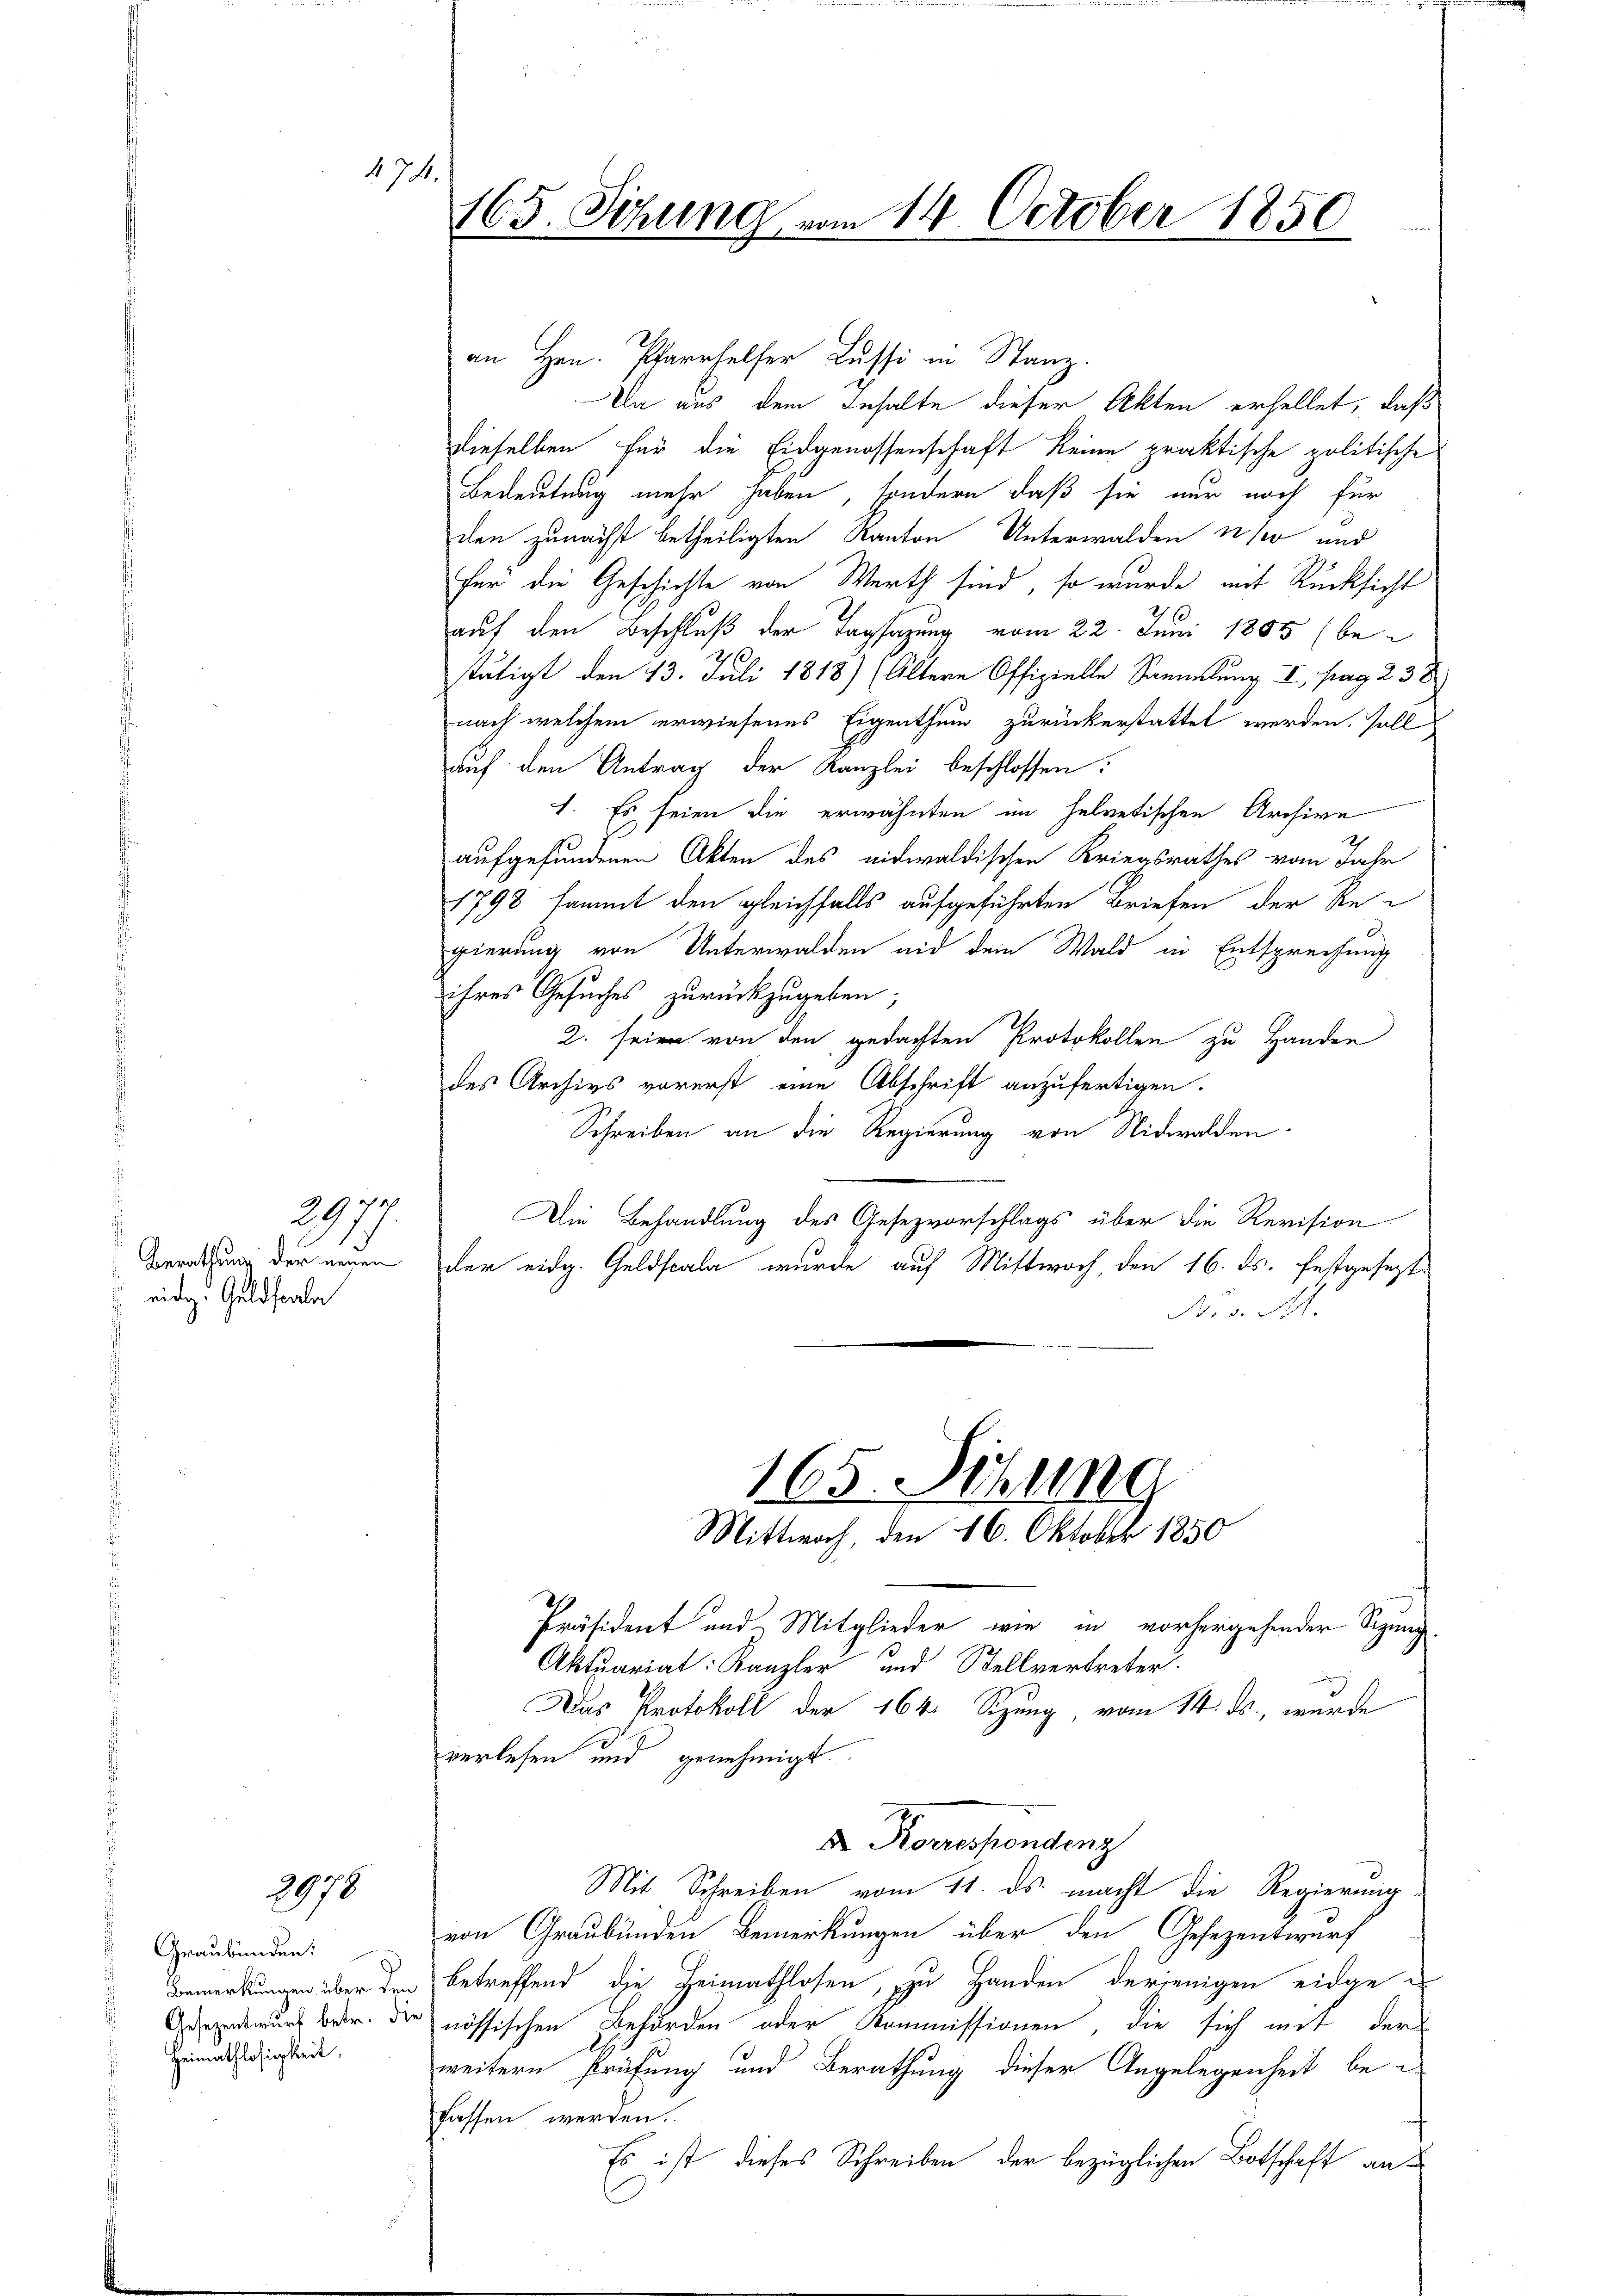
Berathung der neuen
 eidg. Geldscala

207.

2978

Graubünden:
Bemerkungen über den
Gesezenswurf betr. die
Heimathlosigkeit,

§ 74.

165. Sitzung vom 14. October 1850

an Hrn. Pfarrhelfer Lussi in Stanz.
Un aus dem Inhalte dieser Akten erhellet, daß
dieselben für die Eidgenossenschaft keine praktische politische
Bedeutung mehr haben, sondern daß sie nur noch für
den zunächst betheiligten Kanton Unterwalden so und
für die Geschichte von Werth sind, so wurde mit Rücksicht
auf den Beschluß der Tagsazung vom 22. Juni 1885 (bestätigt den 13. Juli 1818) (Altern Offizielle Sammlung I, pag. 238
nach welchem erwiesenes Eigenthum zurückerstattet werden, soll
auf den Antrag der Kanzlei beschlossen:
1. Es seien die erwähnten im helvetischen Archive
aufgefundenen Akten des eidwaldischen Kriegsrathes vom Jahr
1798 sammt den gleichfalls aufgeführten Briefen der Regierung von Unterwalden nid dem Wald in Entsprechung
ihres Gesuches zurückzugeben;
2. seien von den gedachten Protokollen zu Handen
des Archivs vorerst eine Abschrift anzufertigen.
Schreiben an die Regierung von Nidwalden-
Die Behandlung des Gesezvorschlags über die Revision
der eidg. Geldscala wurde auf Mittwoch den 16. ds. festgesezt
B. s. Al.
165. Sitzung
Mittwoch, den 16. Oktober 1850
Präsident und Mitglieder wie in vorhergehender Sigung
Aktuariat Kanzler und Stellvertreter.
Das Protokoll der 164. Sizung vom 14. ds., wurde
verlesen und genehmigt.
X Korrespondenz
Mit Schreiben vom 11. ds. macht die Regierung
von Graubünden Bemerkungen über den Gesezentwurf
betreffend die Heimathlosen, zu Handen derjenigen eidge-
nössischen Behörden oder Kommissionen, die sich mit der
weitern Prüfung und Berathung dieser Angelegenheit befassen werden.
Es ist dieses Schreiben der bezüglichen Botschaft an-